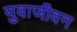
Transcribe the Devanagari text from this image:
युवाजीवन